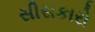
સીસકારો